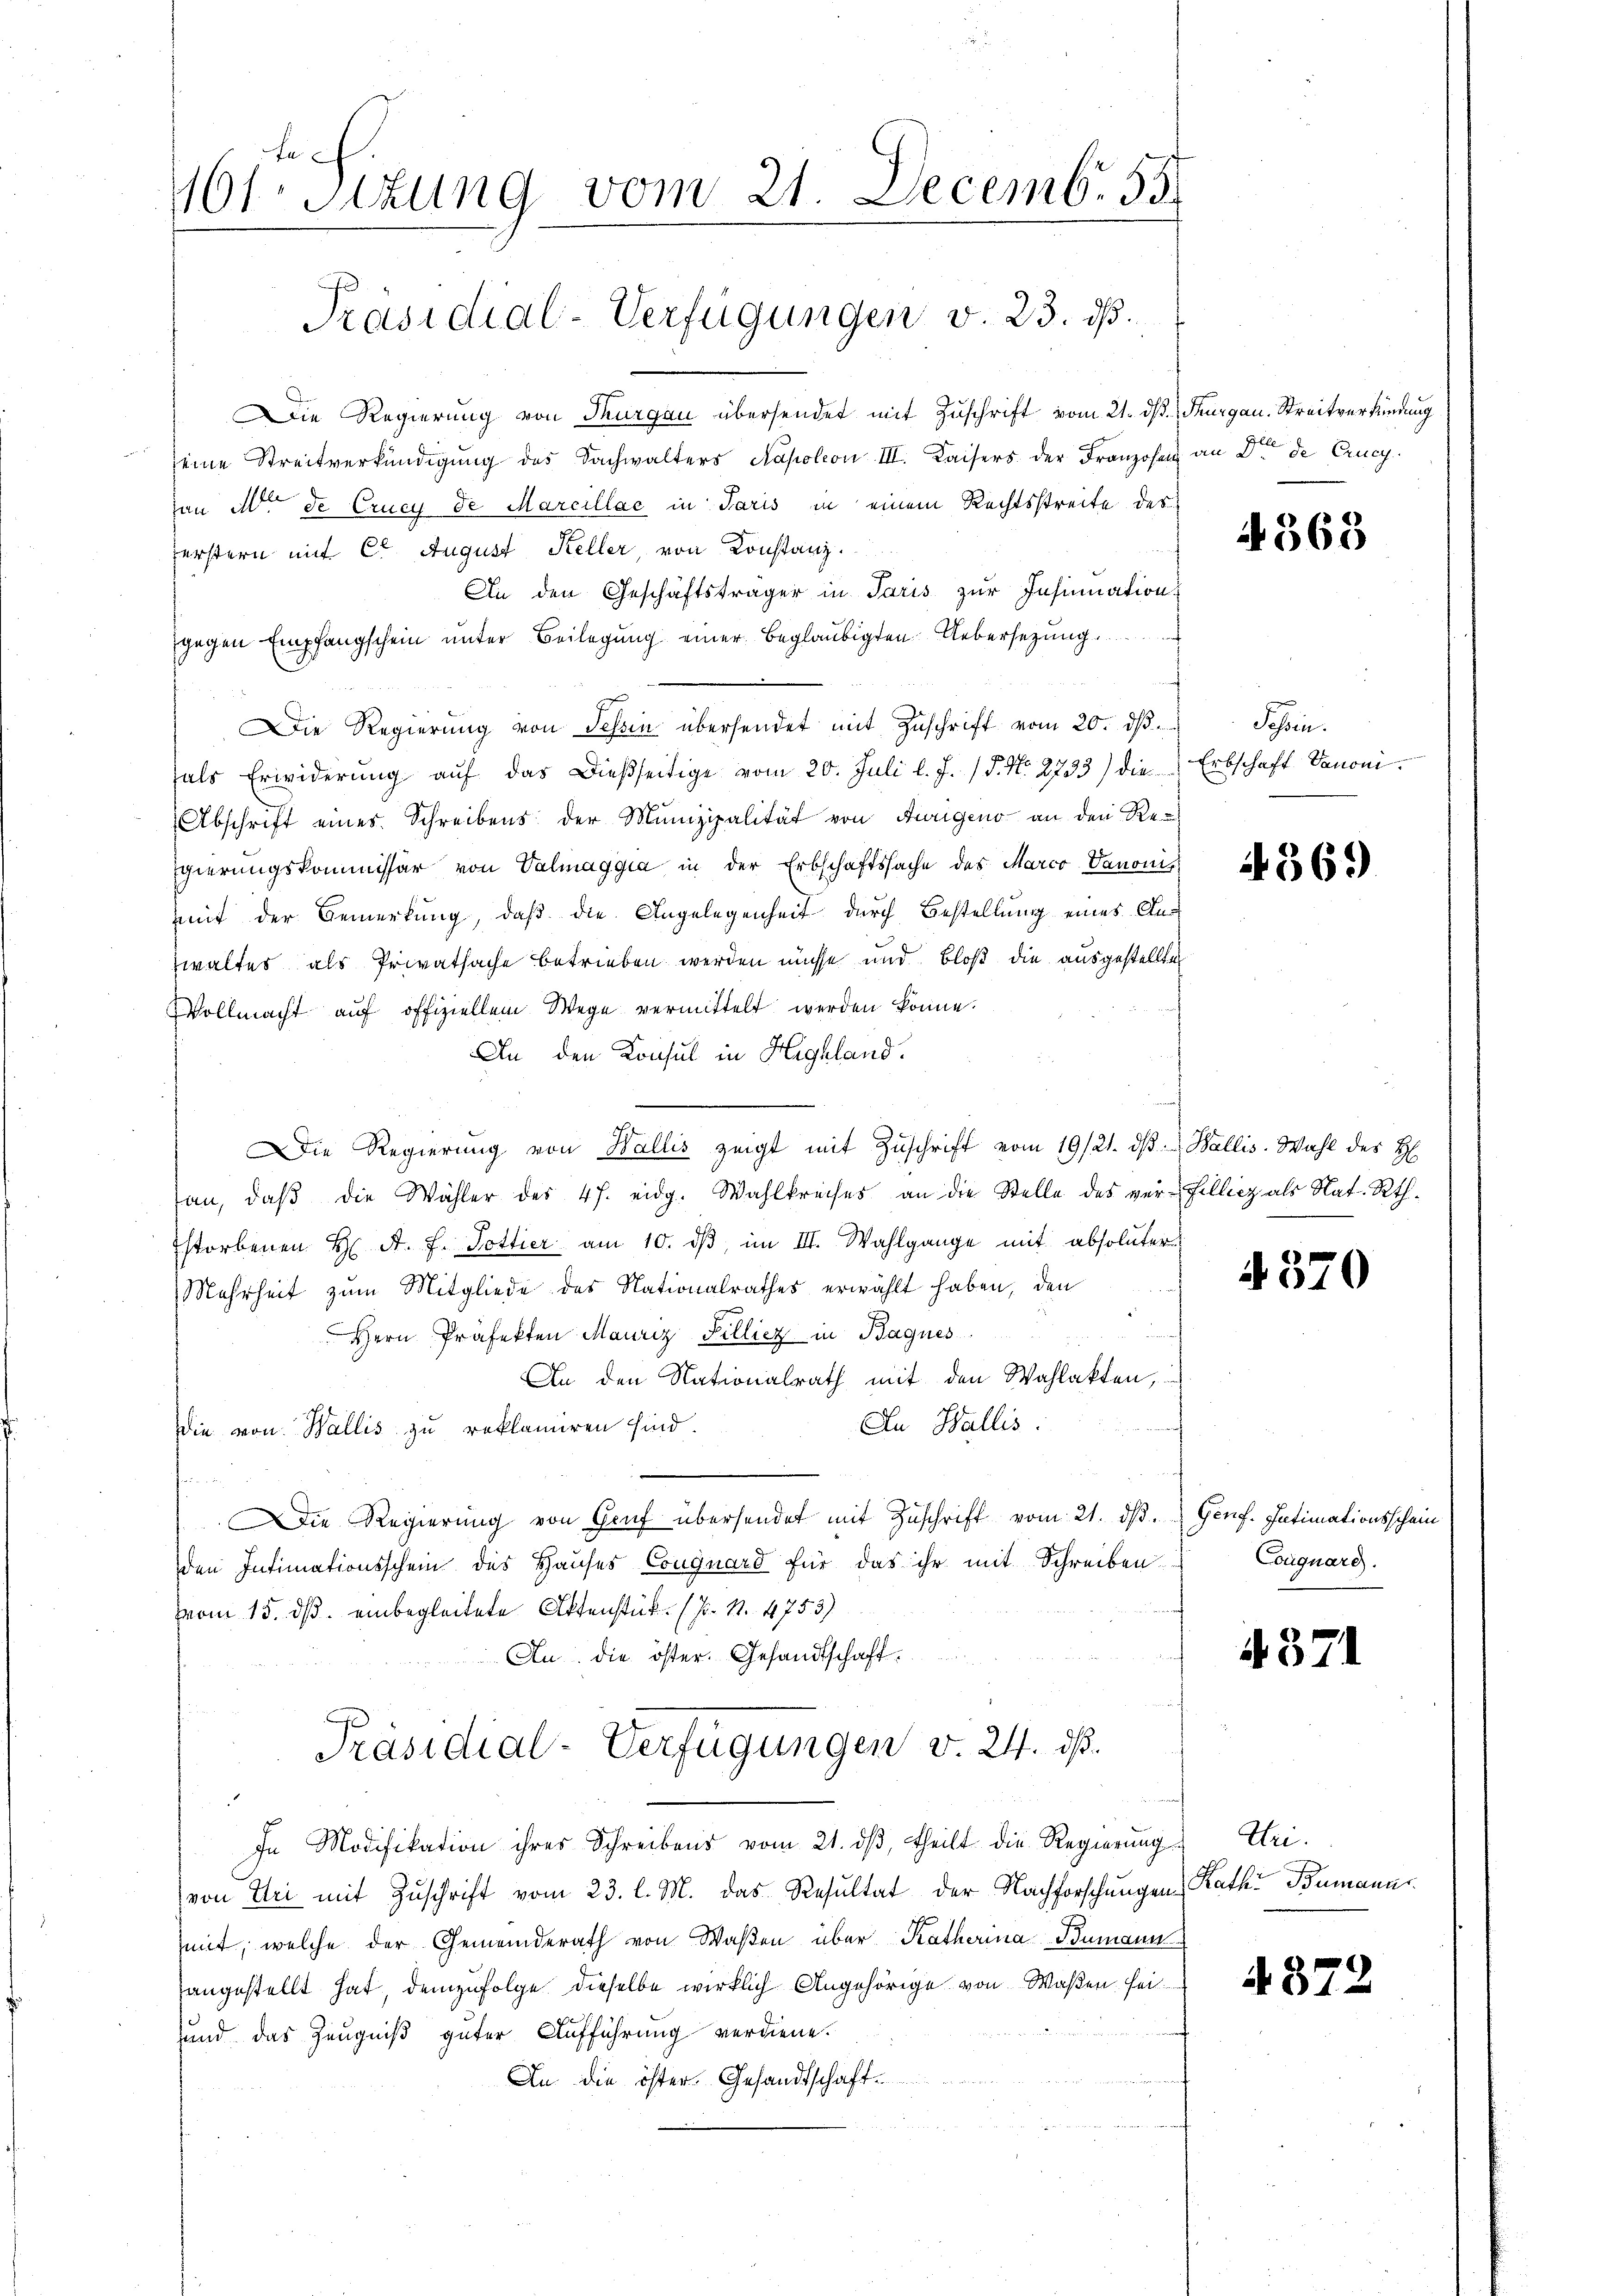
161. Sitzung vom 21. Decemb. 55
Präsidial-Verfügungen v. 23. ds.

Die Regierung von Thurgau übersendet mit Zuschrift vom 21. ds. Thurgau. Streitverkindung
seine Streitverkündigung des Sachwalters Napoleon III. Kaisers der Franzosen an Dr. de Crucy.
von M. de Crucy de Marcillac in Paris in einem Rechtsstreite des
ferstern mit Ct. August Keller, von Konstanz.
An den Geschäftsträger in Paris zur Insinuation
f
gegen Empfangschein unter Beilegung einer Beglaubigten Uebersezung.
Die Regierŭng von Tessin übersendet mit Zŭschrift vom 20. dβ.
fals Erwiderung auf das Dießseitige vom 20. Juli l. J. (§. No. 2733) die
Abschrift eines Schreibens der Munizipalität von Aurigens an den Re-
gierungskommissär von Valmaggia in der Erbschaftssache des Marco Vanonis
mit der Bemerkung, daß die Angelegenheit durch Bestellung eines Anwalter als Privatsache betrieben werden müsse und bloß die ausgestellten
Vollmacht auf offiziellem Wege vermittelt werden könne.
An den Konsul in Highland.
Die Regierung von Wallis zeigt mit Zŭschrift vom 19/21. dβ Wallis. Wahl des H
an, daβ die Wähler des 4 f. eidg. Wahlkreises an die Stelle des ver-Filliez als Nat. Rth.
storbenen H. A. F. Pottier am 10. dβ, im III. Wahlgange mit absoluter
Mehrheit zum Mitgliede des Nationalrathes erwählt haben, den
Hern Präfekten Mauriz Tillicz in Bagnes
An den Nationalrath mit den Wahlakten,
An Wallis.
die von Wallis zu reklamiren sind.
Die Regierung von Gruf übersendet mit Zuschrift vom 21. dβ.
den Intimationsschein des Hauses Conguard für das ihr mit Schreiben
vom 15. ds. einbegleitete Aktenstück. (N. N. 4753)
An die öster. Gesandtschaft
Präsidial-Verfügungen v. 24. ds.
In Modifikation ihres Schreibens vom 21. dβ theilt die Regierŭng. Uri.
(von Uri mit Zuschrift vom 23. l. M. das Resultat der Nachforschungen Rath Bumanns
mit, welche der Gemeinderath von Wasen über Katharina Bumann
angestellt hat, demzufolge dieselbe wirklich Angehörige von Waßen sei
und das Zeugniß guter Aufführung verdiene.
An die öster Gesandtschaft¬

4368

Schein.
Erbschaft Vanoni.

4369

4370

Genf. Intimationsschein
Conquare.

A. 371

437